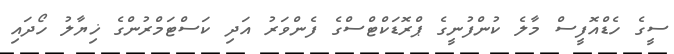
ސީގެ ހެޑްއޮފީސް މާލެ ކުންފުނީގެ ޕްރޮޑަކްޓްސްގެ ފެންވަރު އަދި ކަސްޓަމްރުންގެ ޚިޔާލު ހޯދައި